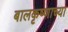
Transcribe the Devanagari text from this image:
बालकृष्णाच्या